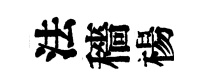
法穡楊